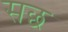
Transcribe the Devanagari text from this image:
सछ